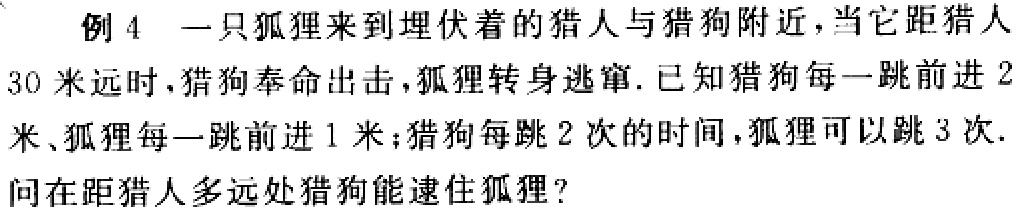
例 4 一只狐狸来到埋伏着的猎人与猎狗附近，当它距猎人
30 米远时，猎狗奉命出击，狐狸转身逃窜. 已知猎狗每一跳前进 2
米、狐狸每一跳前进 1 米；猎狗每跳 2 次的时间，狐狸可以跳 3 次.
问在距猎人多远处猎狗能逮住狐狸？